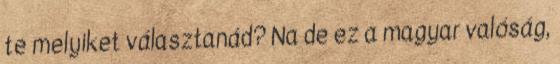
te melyiket választanád? Na de ez a magyar valóság,